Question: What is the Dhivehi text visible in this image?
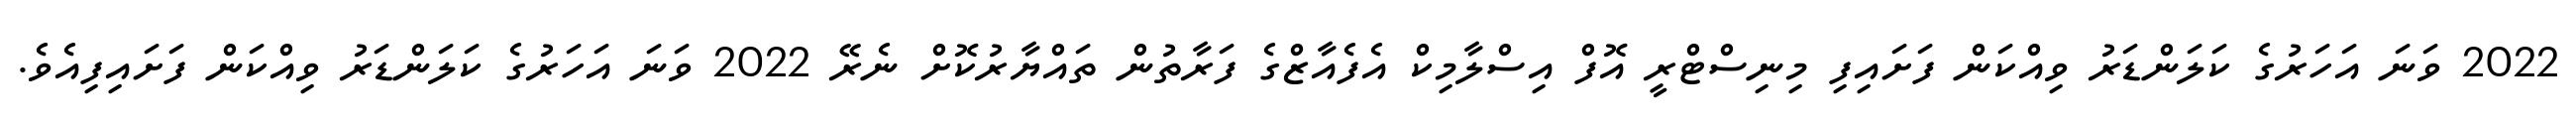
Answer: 2022 ވަނަ އަހަރުގެ ކަލަންޑަރު ވިއްކަން ފަށައިފި މިނިސްޓްރީ އޮފް އިސްލާމިކް އެފެއާޒްގެ ފަރާތުން ތައްޔާރުކޮށް ނެރޭ 2022 ވަނަ އަހަރުގެ ކަލަންޑަރު ވިއްކަން ފަށައިފިއެވެ.